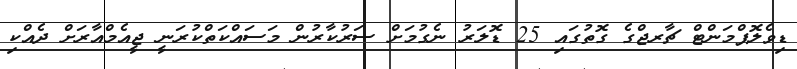
ޑިވެލޮޕްމަންޓް ޗާރޖްގެ ގޮތުގައި 25 ޑޮލަރު ނެގުމަށް ސަރުކާރުން މަސައްކަތްކުރަނީ ޖީއެމްއާރަށް ދެއްކި